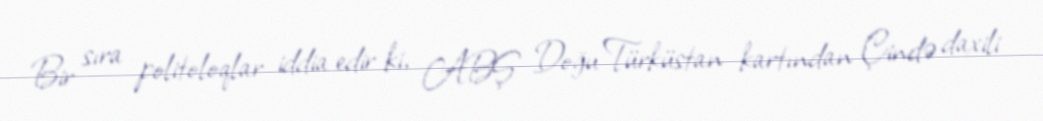
Bir sıra politoloqlar iddia edir ki, ABŞ Doğu Türküstan kartından Çində daxili